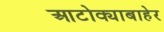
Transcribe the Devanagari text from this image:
आटोक्याबाहेर